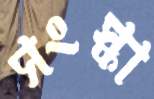
সংস্কা